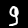
Digit: 9